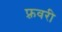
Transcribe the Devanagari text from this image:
फ़्रवरी